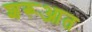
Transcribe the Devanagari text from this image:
शरूआत